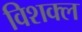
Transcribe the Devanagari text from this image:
विशक्ल